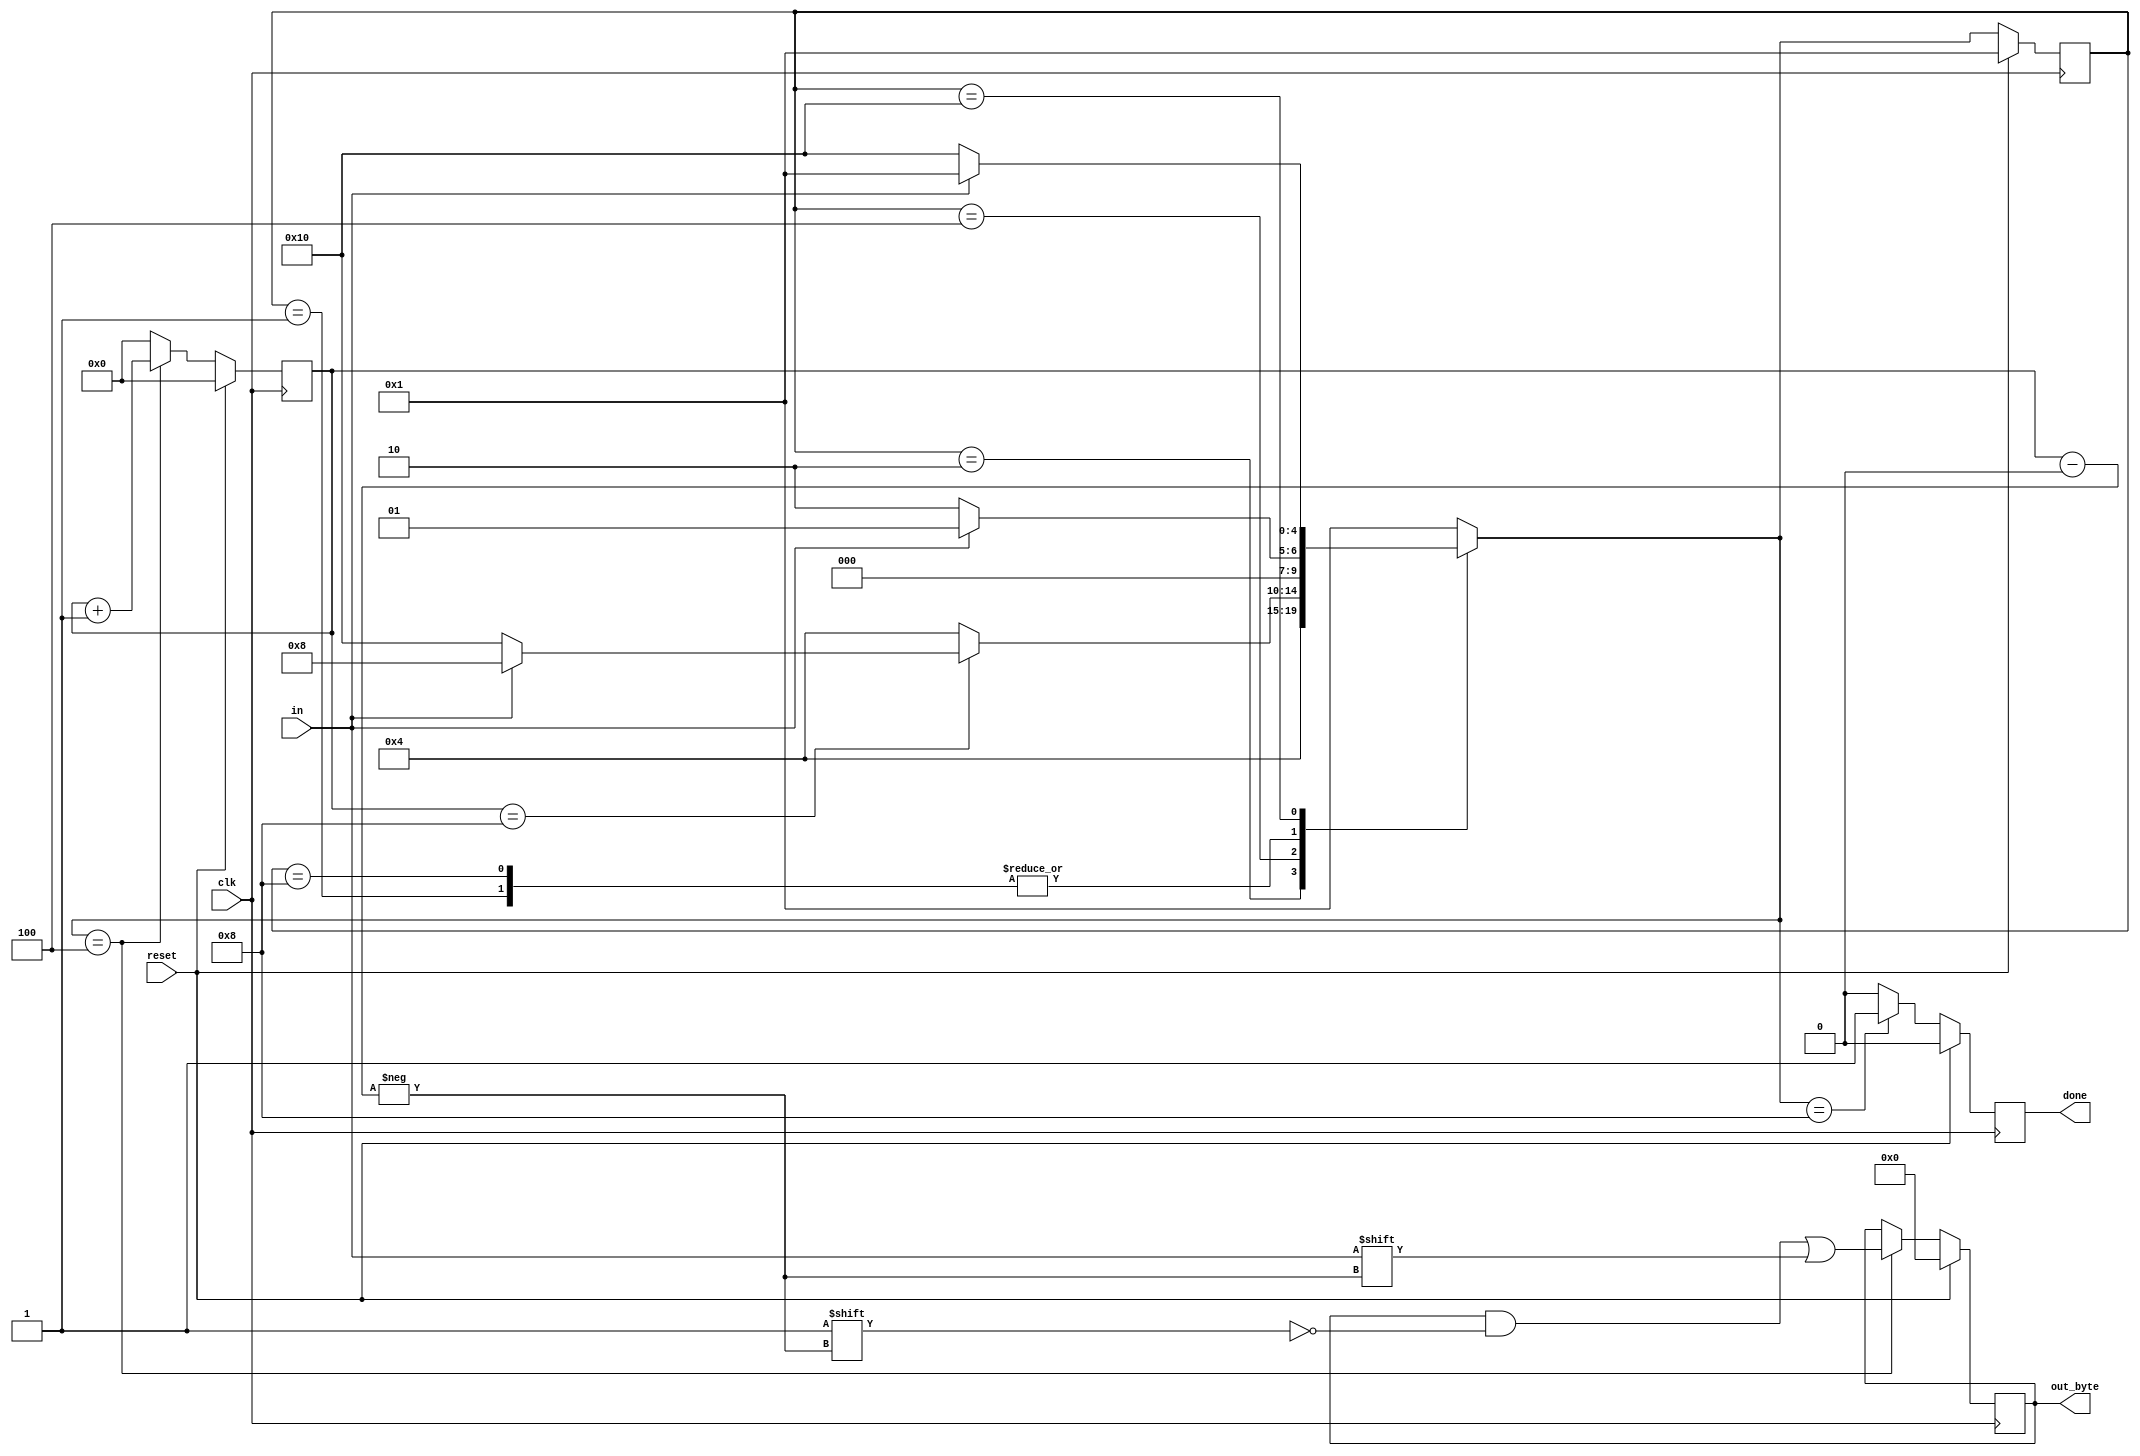
module top_module(
    input clk,
    input in,
    input reset,    // Synchronous reset
    output [7:0] out_byte,
    output done
); //

    // Use FSM from Fsm_serial

    // New: Datapath to latch input bits.


reg [4:0] nstate;
reg [4:0] cstate;

reg done_reg;
reg [7:0] out_byte_reg;

reg [3:0] count;


parameter s1 = 5'b00001;//
parameter s2 = 5'b00010;//
parameter s3 = 5'b00100;//
parameter s4 = 5'b01000;//
parameter s5 = 5'b10000;//

always @(posedge clk)begin
    if(reset)begin
        cstate <= s1;
    end
    else begin
        cstate <= nstate;
    end
end


always @(posedge clk)begin
    if(reset)begin
        count <= 3'b0;
        out_byte_reg <= 8'b0;
    end
    else if(nstate == s3) begin
        count <= count + 1'b1;
        out_byte_reg[count] <= in;
    end
    else begin
        count <= 3'b0;
    end
end

always @(*)begin
    nstate = s1;
    case (cstate)
        s1:begin
            if(~in)begin
                nstate = s2;
            end
            else begin
                nstate = s1;
            end
        end

        s2:begin
            nstate = s3;
        end

        s3:begin
            nstate = count == 4'd8 ? (in ? s4 : s5) : s3;
        end

        s4:begin
            if(~in)begin
                nstate = s2;
            end
            else begin
                nstate = s1;
            end
        end
        s5:begin
            if(in)begin
                nstate = s1;
            end
            else begin
                nstate = s5;
            end
        end
        default:begin
            nstate = s1;
        end
    endcase
end

always @(posedge clk)begin
    if(reset)begin
        done_reg <= 1'b0;
    end
    else if(nstate == s4) begin
        done_reg <= 1'b1;
    end
    else begin
        done_reg <= 1'b0;
    end
end

assign done = done_reg;
assign out_byte = out_byte_reg;

endmodule